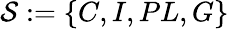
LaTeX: \mathcal{S}:=\{ C,I,PL,G\}